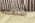
أستعمله